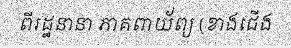
ពីរដ្ឋនានា ភាគពាយ័ព្យ (ខាងជើង